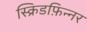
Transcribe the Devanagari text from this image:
स्क्रिडफ़िन्नर